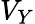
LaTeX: V_{Y}